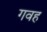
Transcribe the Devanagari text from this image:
गवह